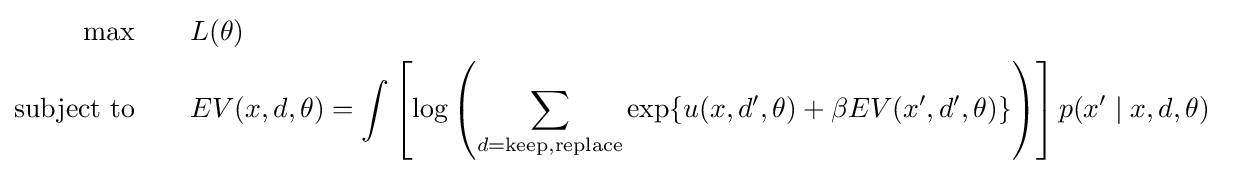
{\begin{aligned}\max &\qquad L(\theta )&\\{\text{subject to}}&\qquad EV(x,d,\theta )=\int \left[\log \left(\sum _{d={\text{keep}},{\text{replace}}}\exp\{u(x,d',\theta )+\beta EV(x',d',\theta )\}\right)\right]p(x'\mid x,d,\theta )\end{aligned}}